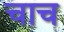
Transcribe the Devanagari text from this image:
चाच